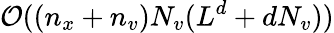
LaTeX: \mathcal{O}((n_{x}+n_{v})N_{v}(L^{d}+dN_{v}))